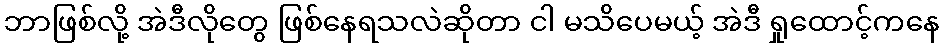
ဘာဖြစ်လို့ အဲဒီလိုတွေ ဖြစ်နေရသလဲဆိုတာ ငါ မသိပေမယ့် အဲဒီ ရှုထောင့်ကနေ